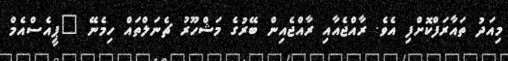
މިއަދު ތައާރަފްކޮށްފި އެވެ. ރާއްޖެއާއި ރާއްޖެއިން ބޭރުގެ މަޝްހޫރު ޗެނަލްތައް ހިމެނޭ "ޕީއެސްއެމް